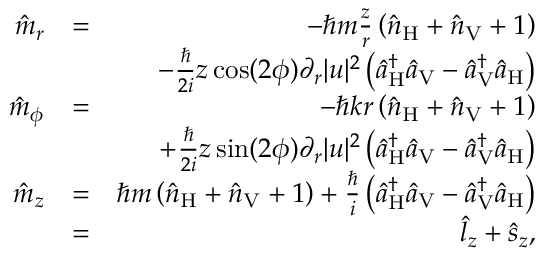
\begin{array} { r l r } { \hat { m } _ { r } } & { = } & { - \hbar m \frac { z } { r } \left( \hat { n } _ { \mathrm { H } } + \hat { n } _ { \mathrm { V } } + 1 \right) } \\ & { } & { - \frac { \hbar } { 2 i } z \cos ( 2 \phi ) \partial _ { r } | u | ^ { 2 } \left( \hat { a } _ { \mathrm { H } } ^ { \dagger } \hat { a } _ { \mathrm { V } } - \hat { a } _ { \mathrm { V } } ^ { \dagger } \hat { a } _ { \mathrm { H } } \right) } \\ { \hat { m } _ { \phi } } & { = } & { - \hbar k r \left( \hat { n } _ { \mathrm { H } } + \hat { n } _ { \mathrm { V } } + 1 \right) } \\ & { } & { + \frac { \hbar } { 2 i } z \sin ( 2 \phi ) \partial _ { r } | u | ^ { 2 } \left( \hat { a } _ { \mathrm { H } } ^ { \dagger } \hat { a } _ { \mathrm { V } } - \hat { a } _ { \mathrm { V } } ^ { \dagger } \hat { a } _ { \mathrm { H } } \right) } \\ { \hat { m } _ { z } } & { = } & { \hbar m \left( \hat { n } _ { \mathrm { H } } + \hat { n } _ { \mathrm { V } } + 1 \right) + \frac { \hbar } { i } \left( \hat { a } _ { \mathrm { H } } ^ { \dagger } \hat { a } _ { \mathrm { V } } - \hat { a } _ { \mathrm { V } } ^ { \dagger } \hat { a } _ { \mathrm { H } } \right) } \\ & { = } & { \hat { l } _ { z } + \hat { s } _ { z } , } \end{array}